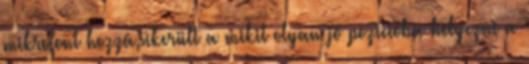
mikrofont hozzá,sikerült a mikit olyan jó pozicióba helyezni a